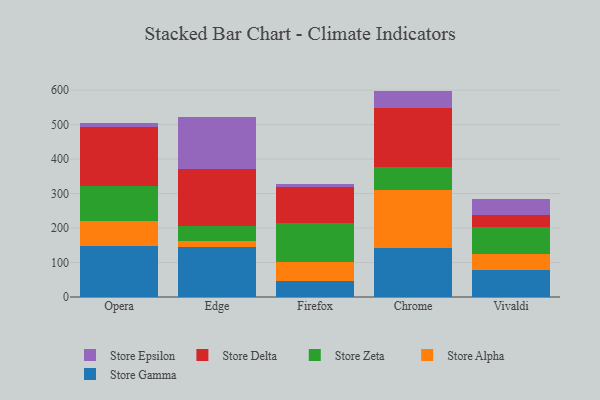
{"axis": {"x": "Browser", "y": "Bounce Rate (%)"}, "legend": ["Store Alpha", "Store Delta", "Store Epsilon", "Store Gamma", "Store Zeta"], "data": [{"x": "Opera", "y": 149.1, "type": "Store Gamma"}, {"x": "Opera", "y": 71.2, "type": "Store Alpha"}, {"x": "Opera", "y": 100.8, "type": "Store Zeta"}, {"x": "Opera", "y": 172.8, "type": "Store Delta"}, {"x": "Opera", "y": 11.4, "type": "Store Epsilon"}, {"x": "Edge", "y": 145.7, "type": "Store Gamma"}, {"x": "Edge", "y": 17.9, "type": "Store Alpha"}, {"x": "Edge", "y": 41.9, "type": "Store Zeta"}, {"x": "Edge", "y": 166.2, "type": "Store Delta"}, {"x": "Edge", "y": 149.3, "type": "Store Epsilon"}, {"x": "Firefox", "y": 45.5, "type": "Store Gamma"}, {"x": "Firefox", "y": 56.3, "type": "Store Alpha"}, {"x": "Firefox", "y": 113.1, "type": "Store Zeta"}, {"x": "Firefox", "y": 103.1, "type": "Store Delta"}, {"x": "Firefox", "y": 8.9, "type": "Store Epsilon"}, {"x": "Chrome", "y": 141.3, "type": "Store Gamma"}, {"x": "Chrome", "y": 170.1, "type": "Store Alpha"}, {"x": "Chrome", "y": 66.3, "type": "Store Zeta"}, {"x": "Chrome", "y": 169.2, "type": "Store Delta"}, {"x": "Chrome", "y": 51.0, "type": "Store Epsilon"}, {"x": "Vivaldi", "y": 78.1, "type": "Store Gamma"}, {"x": "Vivaldi", "y": 47.5, "type": "Store Alpha"}, {"x": "Vivaldi", "y": 76.2, "type": "Store Zeta"}, {"x": "Vivaldi", "y": 37.4, "type": "Store Delta"}, {"x": "Vivaldi", "y": 44.0, "type": "Store Epsilon"}]}